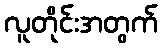
လူတိုင်းအတွက်